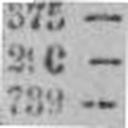
739 —